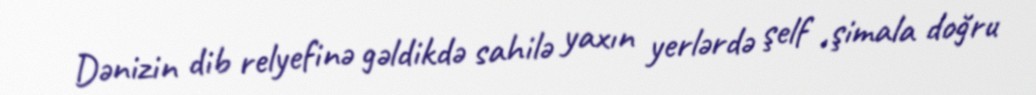
Dənizin dib relyefinə gəldikdə sahilə yaxın yerlərdə şelf ,şimala doğru